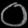
Digit: ၀